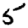
Digit: 5